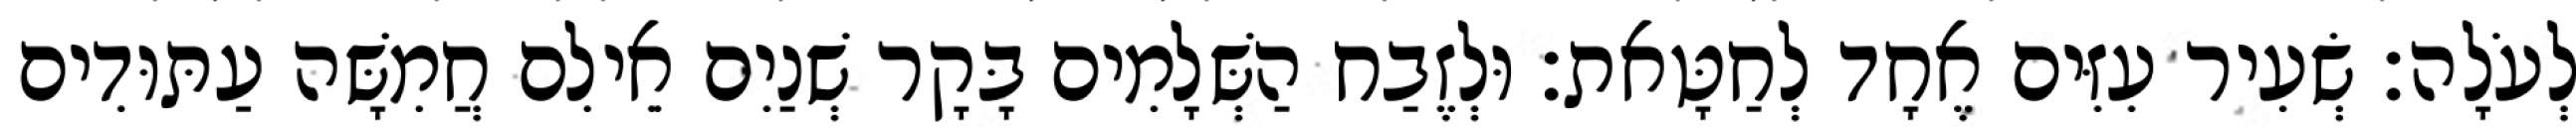
לְעֹלָה׃ שְׂעִיר עִזִּים אֶחָד לְחַטָּאת׃ וּלְזֶבַח הַשְּׁלָמִים בָּקָר שְׁנַיִם אֵילִם חֲמִשָּׁה עַתּוּדִים